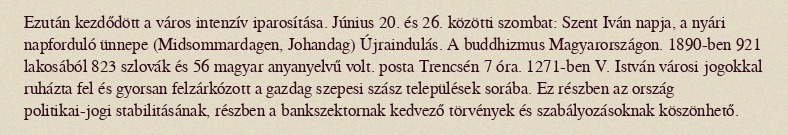
Ezután kezdődött a város intenzív iparosítása. Június 20. és 26. közötti szombat: Szent Iván napja, a nyári napforduló ünnepe (Midsommardagen, Johandag) Újraindulás. A buddhizmus Magyarországon. 1890-ben 921 lakosából 823 szlovák és 56 magyar anyanyelvű volt. posta Trencsén 7 óra. 1271-ben V. István városi jogokkal ruházta fel és gyorsan felzárkózott a gazdag szepesi szász települések sorába. Ez részben az ország politikai-jogi stabilitásának, részben a bankszektornak kedvező törvények és szabályozásoknak köszönhető.